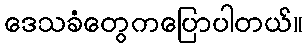
ဒေသခံတွေကပြောပါတယ်။